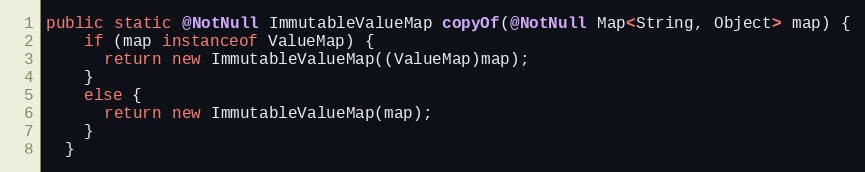
Language: Java
public static @NotNull ImmutableValueMap copyOf(@NotNull Map<String, Object> map) {
    if (map instanceof ValueMap) {
      return new ImmutableValueMap((ValueMap)map);
    }
    else {
      return new ImmutableValueMap(map);
    }
  }